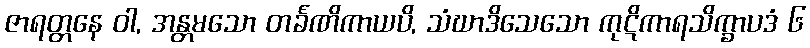
ဇာရတ္တနေ ဝါ, အန္တမသော တင်္ခဏိကာယပိ, သံဃာဒိသေသော ကုဋိကာရသိက္ခာပဒံ ၆